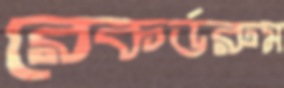
রেকর্ডরুম